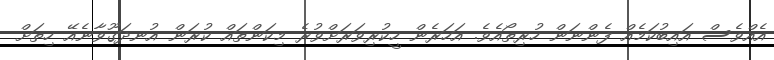
އެއްވެސް އައިބުކަމެއް ފެންނަން ހުރިތޯއެވެ. އަހަރެން ހީކުރިވަރަށްވުރެ މިކަންތައް ކުރަން އުނދަގޫވާނެއޭ ހިތަށް